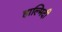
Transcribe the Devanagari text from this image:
हाल्मिदी